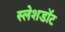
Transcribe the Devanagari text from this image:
स्लेशडॉट